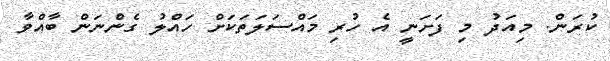
ކުރަން. މިއަދު މި ފަށަނީ އެ ހުރި މައްސަލަތަކަށް ހައްލު ގެންނަން ބާއްވާ